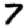
Digit: 7